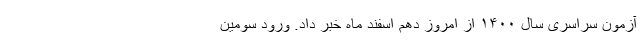
آزمون سراسری سال ۱۴۰۰ از امروز دهم اسفند ماه خبر داد. ورود سومین